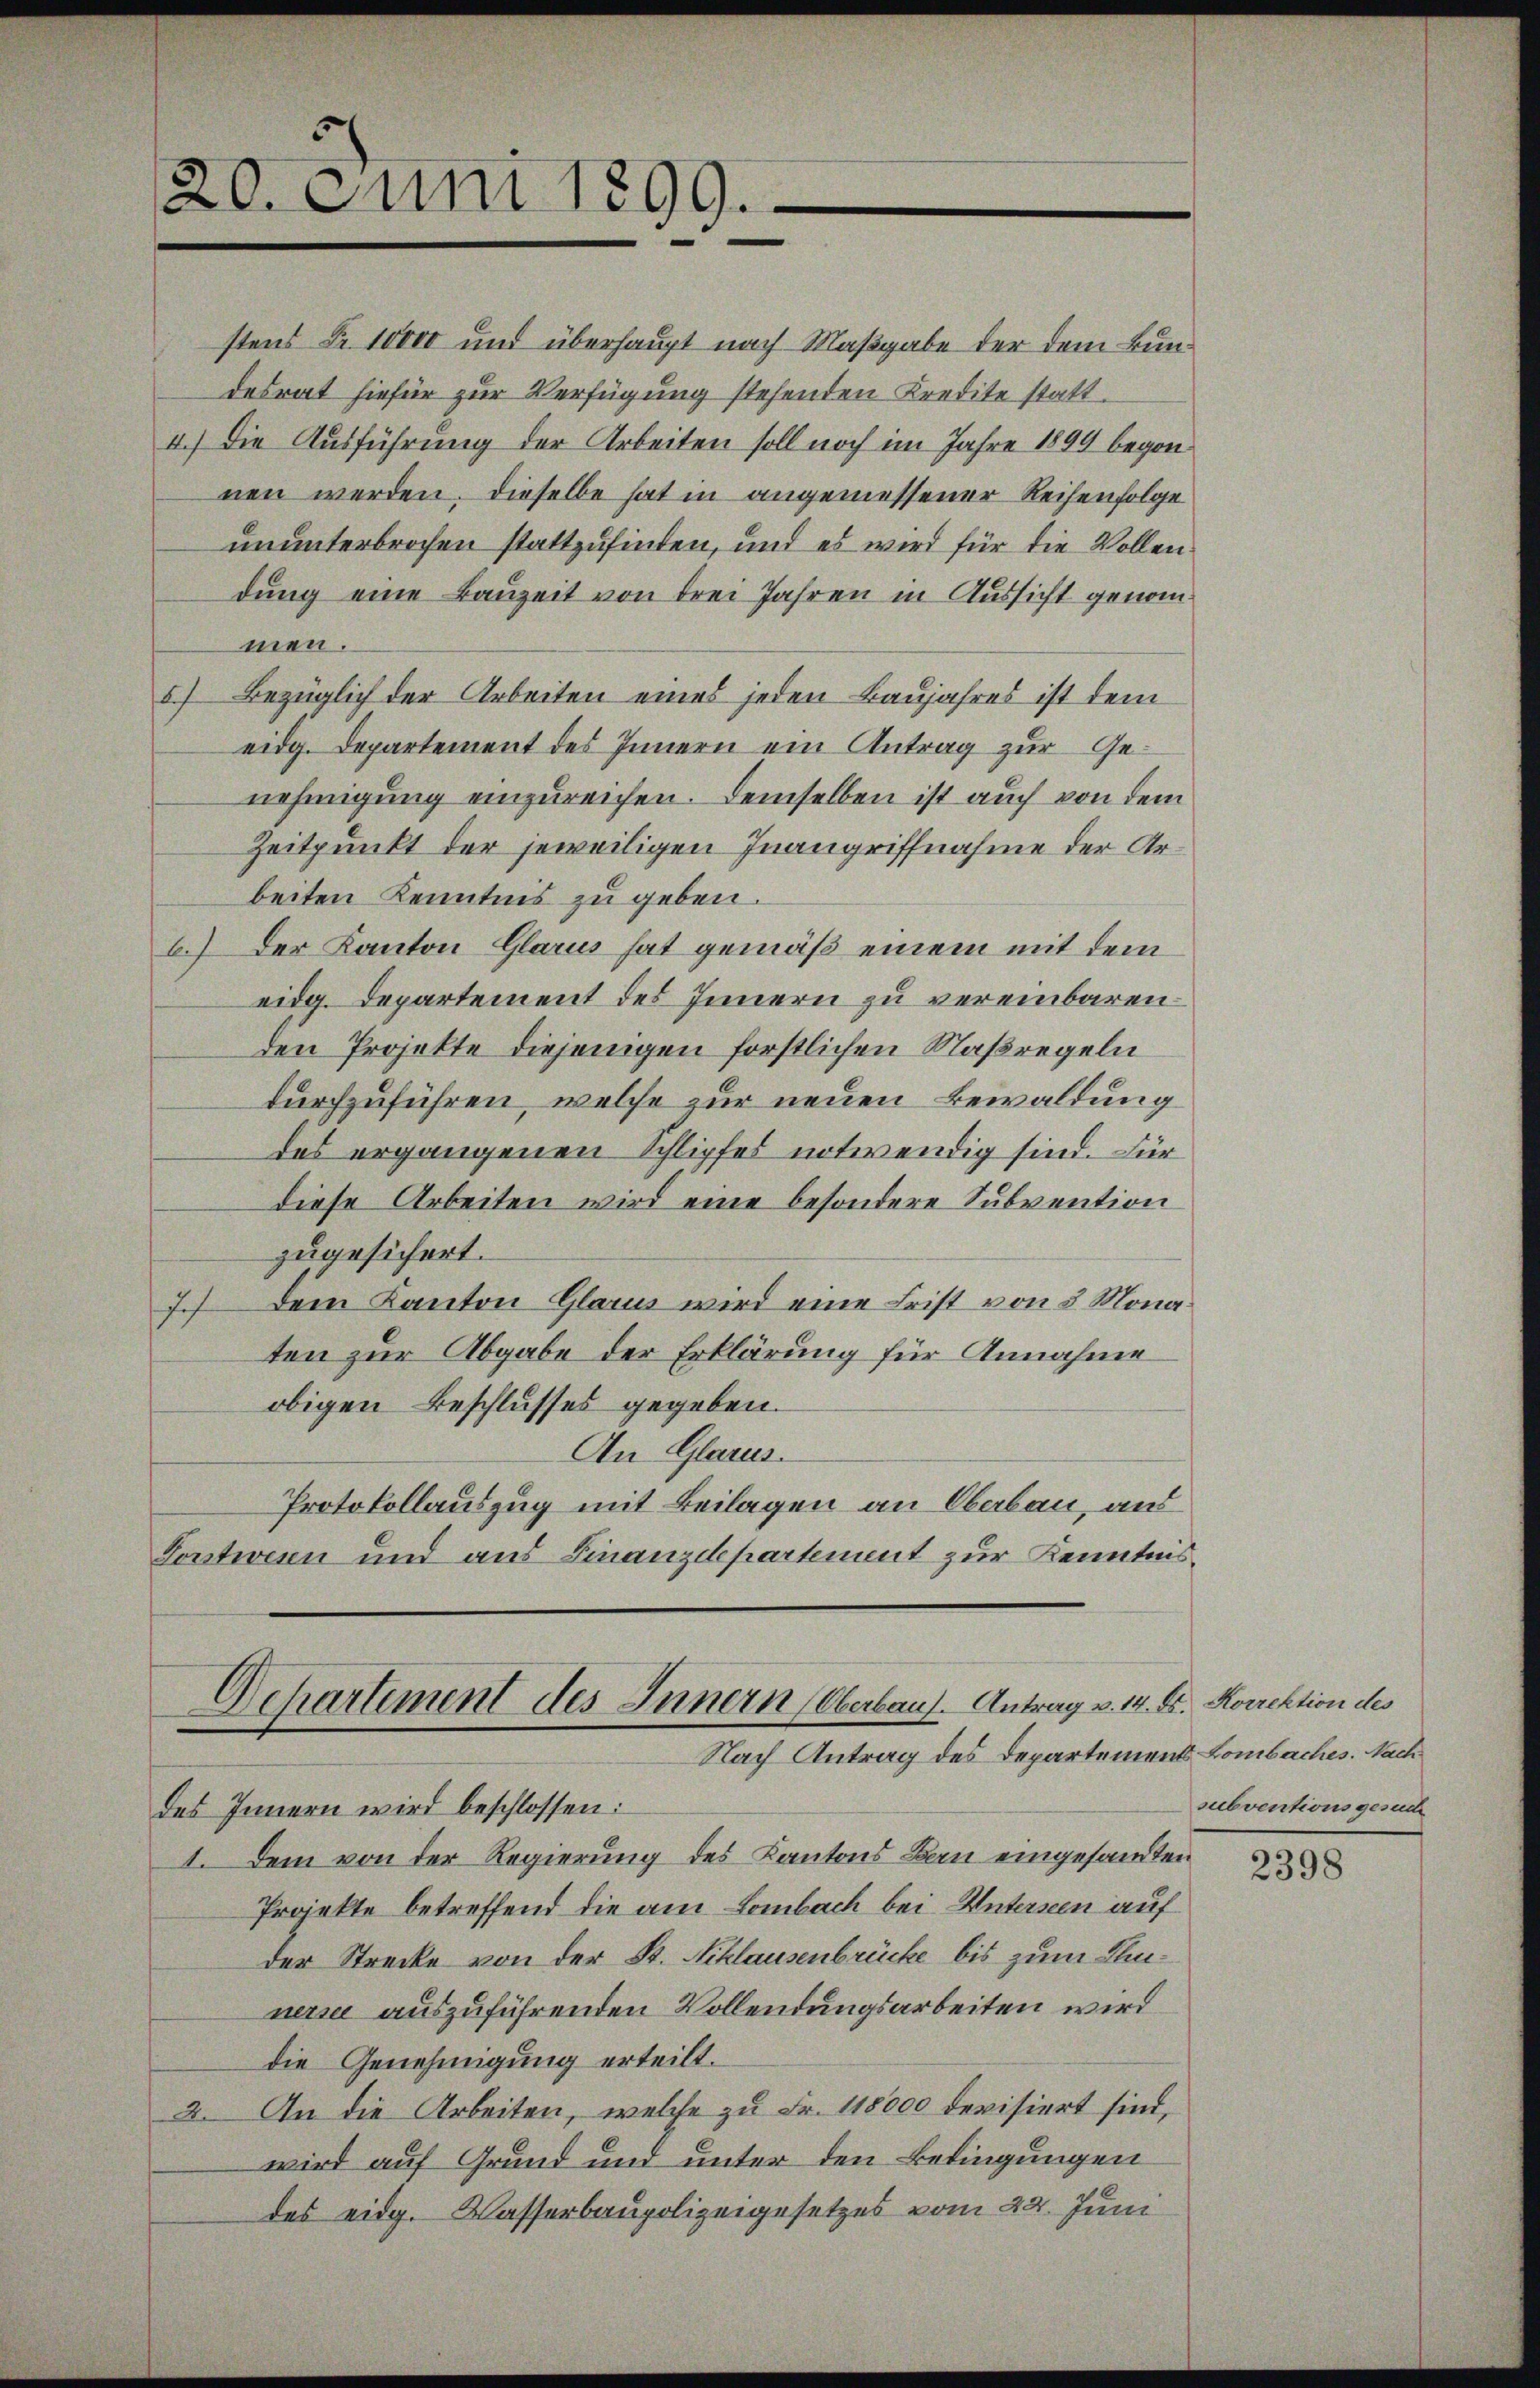
20. Juni 1899.

nen werden. Dieselbe hat in angemessener Reihenfolge
ununterbrochen stattzufinden, und es wird für die Vollen
dung eine Bauzeit von drei Jahren in Aussicht genom-
men.
5) Bezüglich der Arbeiten eines jeden Baujahres ist dem
eidg. Departement des Innern ein Antrag zur Genehmigung einzureichen. Demselben ist auch von dem
Zeitpunkt der jeweiligen Inangriffnahme der Arbeiten Kenntnis zu geben.
b.) Der Kanton Glarus hat gemäß einem mit dem
eidg. Departement des Innern zu vereinbaren.
den Projekte diejenigen forstlichen Maßregeln
durchzuführen, welche zur neuen Bewaldung
des ergangenen Schlipfes notwendig sind. Für
diese Arbeiten wird eine besondere Subvention
zugesichert.
7. Dem Kanton Glarus wird eine Frist von 3 Monaten zur Abgabe der Erklärung für Annahme
obigen Beschlusses gegeben.
An Glarus.
Protokollauszug mit Beilagen an Oberbau, aus
Constwesen und aus Finanzdepartement zur Kenntnis¬

stens Fr. 10000 und überhaupt nach Maßgabe der dem Bundesrat hiefür zur Verfügung stehenden Kredite statt¬
4.) Die Ausführung der Arbeiten soll noch im Jahre 1899 begon¬

Departement des Innern (Oberbaus. Antrag u. 14. Fr. Korrektion des
Nach Antrag des Departement Lombaches. Nach

des Innern wird beschlossen:
I. Dem von der Regierung des Kantons Bau eingesandten
Projekte betreffend die am Lombach bei Untersten auf
der Strecke von der St. Niklausenbrücke bis zum Kleinerse auszuführenden Vollendungsarbeiten wird
die Genehmigung erteilt.
2. An die Arbeiten, welche zu Fr. 118000 devisiert sind,
wird auf Grund und unter den Bedingungen
des eidg. Wasserbaupolizeigesetzes vom 24. Juni

subventionsgesuch

2398